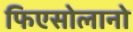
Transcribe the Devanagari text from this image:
फिएसोलानो